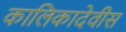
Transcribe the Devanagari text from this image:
कालिकादेवीस